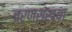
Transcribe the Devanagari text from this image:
चरणसंख्या